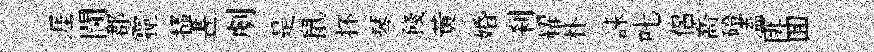
涯閫郡霾搔晝劇是鼠抔琴餞黄婚刹耀朴誄叱侣喬磴溘匪囬